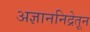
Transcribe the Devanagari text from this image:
अज्ञाननिद्रेतून